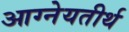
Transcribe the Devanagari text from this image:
आग्नेयतीर्थ